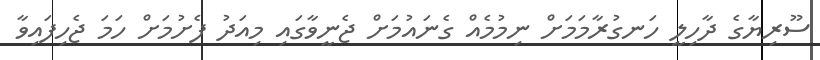
ސޫރިޔާގެ ދާހިލީ ހަނގުރާމަމަށް ނިމުމެއް ގެނައުމަށް ޖެނީވާގައި މިއަދު ފެށުމަށް ހަމަ ޖެހިފައިވާ